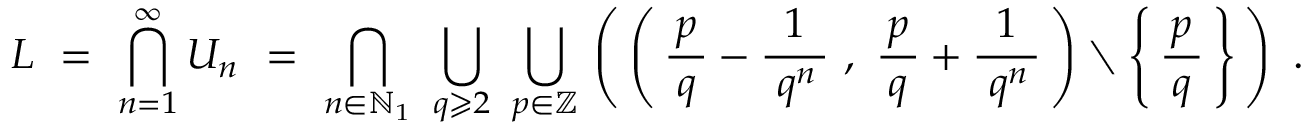
~ L ~ = ~ \bigcap _ { n = 1 } ^ { \infty } U _ { n } ~ = ~ \bigcap _ { n \in \mathbb { N } _ { 1 } } ~ \bigcup _ { q \geqslant 2 } ~ \bigcup _ { p \in \mathbb { Z } } \, \left( \, \left( \, { \frac { \, p \, } { q } } - { \frac { 1 } { \; q ^ { n } \, } } ~ , ~ { \frac { \, p \, } { q } } + { \frac { 1 } { \; q ^ { n } \, } } \, \right) \setminus \left\{ \, { \frac { \, p \, } { q } } \, \right\} \, \right) ~ .